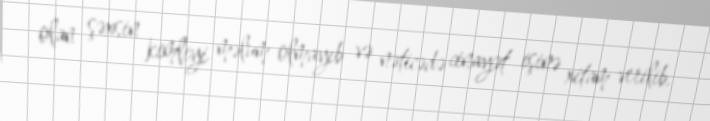
olan şəxsin kimliyi məlum olmayıb və nəticədə cinayət işinə xitam verilib.